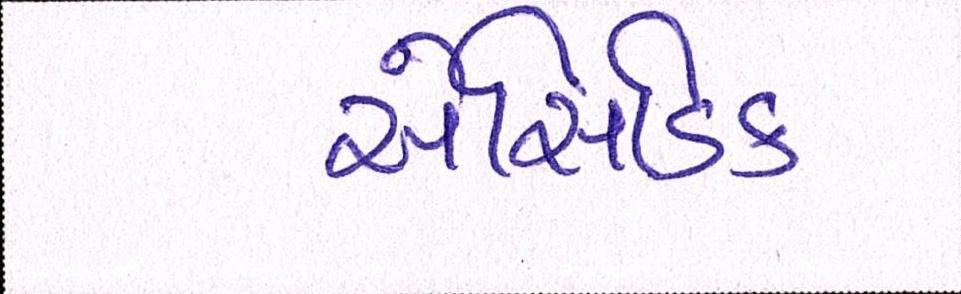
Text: એસિડિક